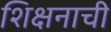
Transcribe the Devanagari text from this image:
शिक्षनाची